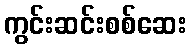
ကွင်းဆင်းစစ်ဆေး